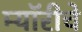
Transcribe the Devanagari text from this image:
म्यॉरीचे